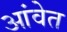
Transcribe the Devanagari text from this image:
आंवेत